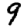
Digit: 9